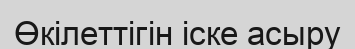
Өкілеттігін іске асыру